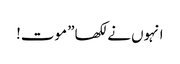
انہوں نے لکھا” موت!